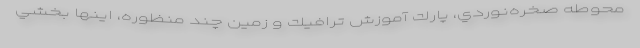
محوطه صخره‌نوردي، پارك آموزش ترافيك و زمين چند منظوره، اينها بخشي